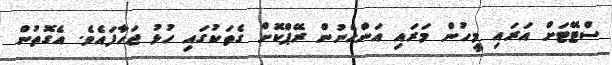
ސްޓޭޓަށް އަރައި މީހުން މަރައި އަންހެނުން ރޭޕްކޮށް ގެތަކުގައި ހުޅު ޖަހާފައެވެ. އެގޮތުން